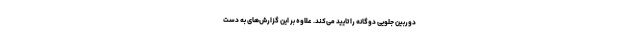
دوربین جلویی دوگانه را تایید می‌کند. علاوه بر این گزارش‌های به دست